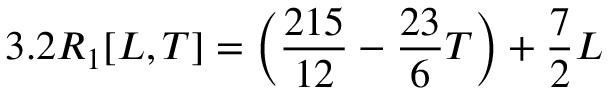
3 . 2 R _ { 1 } [ L , T ] = \left( \frac { 2 1 5 } { 1 2 } - \frac { 2 3 } { 6 } T \right) + \frac { 7 } { 2 } L